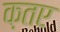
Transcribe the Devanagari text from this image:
क़तए